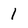
Character: 1